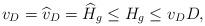
LaTeX: \begin{align*}v_D = \widehat v_D = \widehat H_g \leq H_g \leq v_D D,\end{align*}